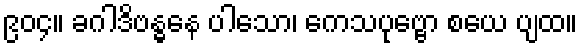
၉၀၄။ ခဂါဒိဗန္ဓနေ ပါသော၊ ကေသပုဗ္ဗော စယေ ပျထ။